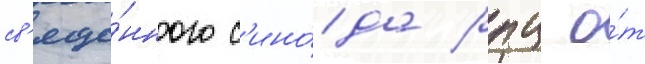
св'яще́нного с'ино́да рпц о́т